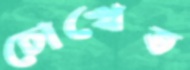
চোখেত